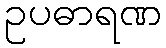
ဥပဓာရဏ